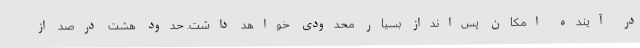
در آینده امکان پس‌انداز بسیار محدودی خواهد داشت. حدود هشت درصد از